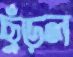
ছুঁড়ল